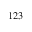
^ { 1 2 3 }